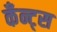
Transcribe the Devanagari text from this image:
कँन्ट्‌स